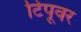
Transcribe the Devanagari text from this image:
टिपूवर